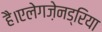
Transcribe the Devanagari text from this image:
है।एलेगज़ेनड्रिया